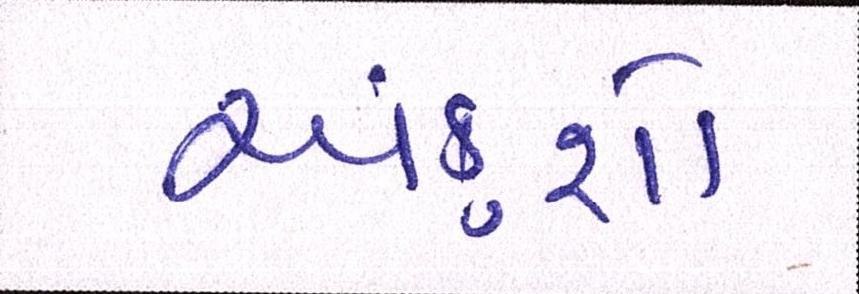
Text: અંકુશો